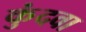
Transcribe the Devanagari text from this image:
कुंदवा